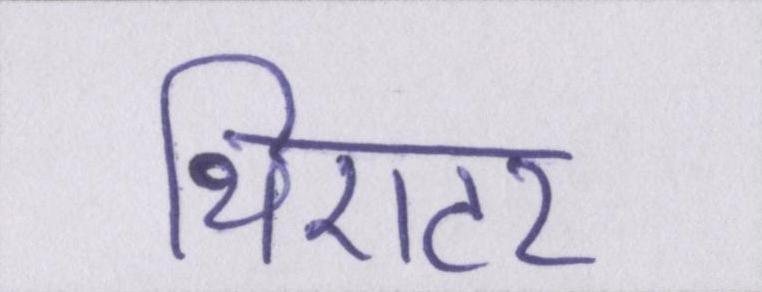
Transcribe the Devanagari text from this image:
थिएटर